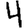
Digit: 4